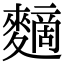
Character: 䵂